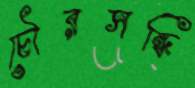
চৌরসন্ধি